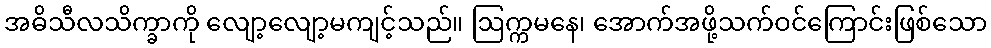
အဓိသီလသိက္ခာကို လျော့လျော့မကျင့်သည်။ ဩက္ကမနေ၊ အောက်အဖို့သက်ဝင်ကြောင်းဖြစ်သော